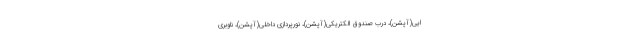
ایی(آپشن)، درب صندوق الکتریکی(آپشن)، نورپردازی داخلی(آپشن)، ناوبری